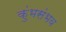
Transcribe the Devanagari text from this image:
कुंभसंभव